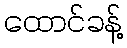
ထောင်ခန့်